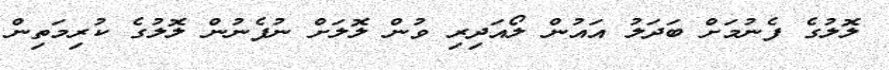
ލޮލުގެ ފެނުމަށް ބަދަލު އައުން ލޯއަދިރި ވުން ލޮލަށް ނުފެނުން ލޮލުގެ ކުރިމަތިން